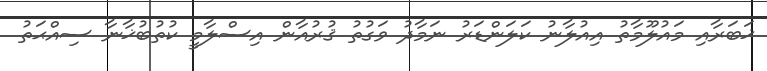
ޚަބަރާއި މައުލޫމާތު އިއުލާނު ކަލަންޑަރު ނަމާދު ވަގުތު ޤުރުއާން އިސްލާމީ ކުތުބުޚާނާ ސިއްޙަތު